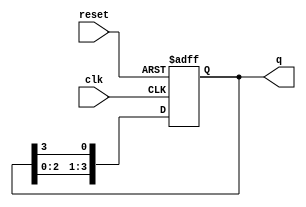
module ring_counter #(parameter N = 4) (
    input wire clk,       // Clock input
    input wire reset,     // Reset input
    output reg [N-1:0] q // Output state of the counter
);

    // Synchronous process for the ring counter
    always @(posedge clk or posedge reset) begin
        if (reset) begin
            // Initialize the counter to the first state
            q <= 1'b1;                // Set the first flip-flop high
        end else begin
            // Shift the '1' through the ring
            q <= {q[N-2:0], q[N-1]};   // Shift and wrap around
            q[0] <= q[N-1];            // Feedback last flip-flop to first
        end
    end

endmodule